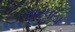
સરવાડા